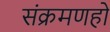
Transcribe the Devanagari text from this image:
संक्रमणहो